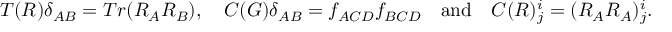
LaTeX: T ( R ) \delta _ { A B } = T r ( R _ { A } R _ { B } ) , \quad C ( G ) \delta _ { A B } = f _ { A C D } f _ { B C D } \quad \mathrm { a n d } \quad C ( R ) _ { j } ^ { i } = ( R _ { A } R _ { A } ) _ { j } ^ { i } .